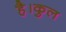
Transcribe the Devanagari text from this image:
है।कुल